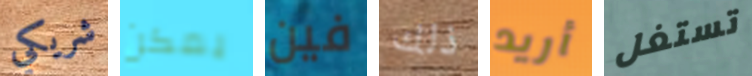
شريكي يمكن فين ذلك أريد تستغل